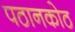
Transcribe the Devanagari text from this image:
पठानकोठ